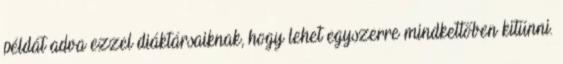
példát adva ezzel diáktársaiknak, hogy lehet egyszerre mindkettőben kitűnni.